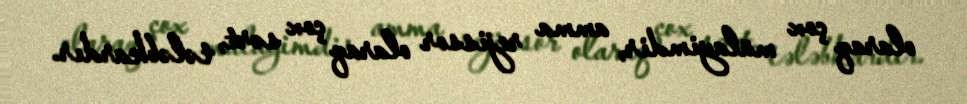
olaraq çox mülayimdir, amma rejissor olaraq çox sərt, tələbkardır.